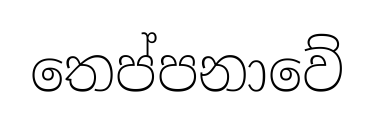
තෙප්පනාවේ